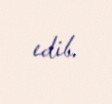
edib.